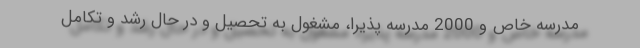
مدرسه خاص و 2000 مدرسه پذیرا، مشغول به تحصیل و در حال رشد و تکامل